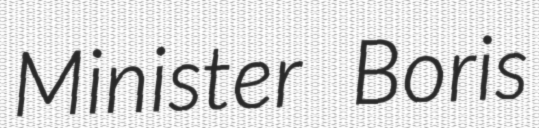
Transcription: Minister Boris